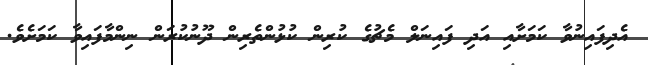
އެދިފައިނުވާ ކަމަށާއި އަދި ފައިނަލް މެޗުގެ ކުރިން ކުޅުންތެރިން ދޫނުކުރަން ނިންމާފައިވާ ކަމަށެވެ.